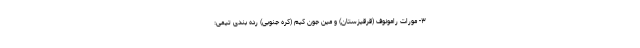
۳- مورات رامونوف (قرقیزستان) و مین جون کیم (کره جنوبی) رده بندی تیمی: